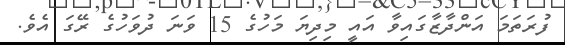
ފުރަތަމަ އަންދާޒާގައިވާ އައީ މިދިޔަ މަހުގެ 15 ވަނަ ދުވަހުގެ ރޭގަ އެވެ.